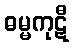
ဓမ္မကုဋီ